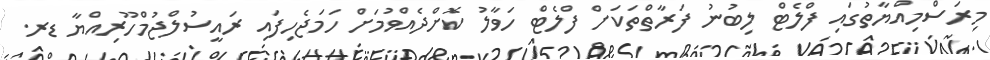
މިރަސްމިއްޔާތުގައި ފްލެޓް ލިބުނު ފަރާތްތަކަށް ފްލެޓް ހަވާލު ކޮށްދެއްވުމަށް ހަމަޖެހިފައި ރައީސުލްޖުމްހޫރިއްޔާ ޑރ.